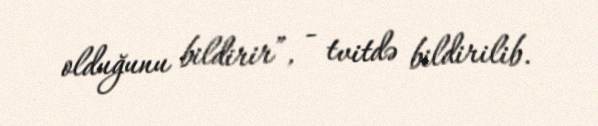
olduğunu bildirir”, - tvitdə bildirilib.